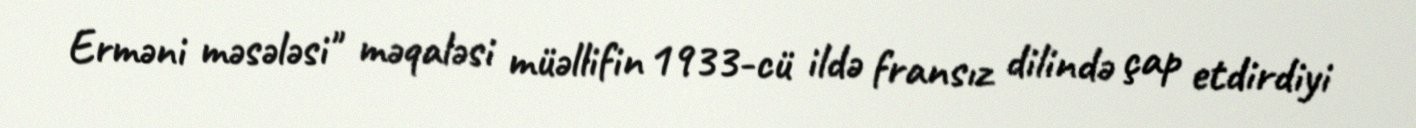
Erməni məsələsi" məqaləsi müəllifin 1933-cü ildə fransız dilində çap etdirdiyi